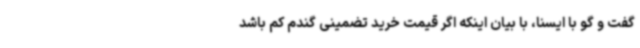
گفت و گو با ایسنا، با بیان اینکه اگر قیمت خرید تضمینی گندم کم باشد